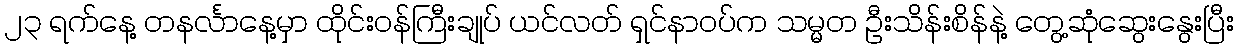
၂၃ ရက်နေ့ တနင်္လာနေ့မှာ ထိုင်းဝန်ကြီးချုပ် ယင်လတ် ရှင်နာဝပ်က သမ္မတ ဦးသိန်းစိန်နဲ့ တွေ့ဆုံဆွေးနွေးပြီး